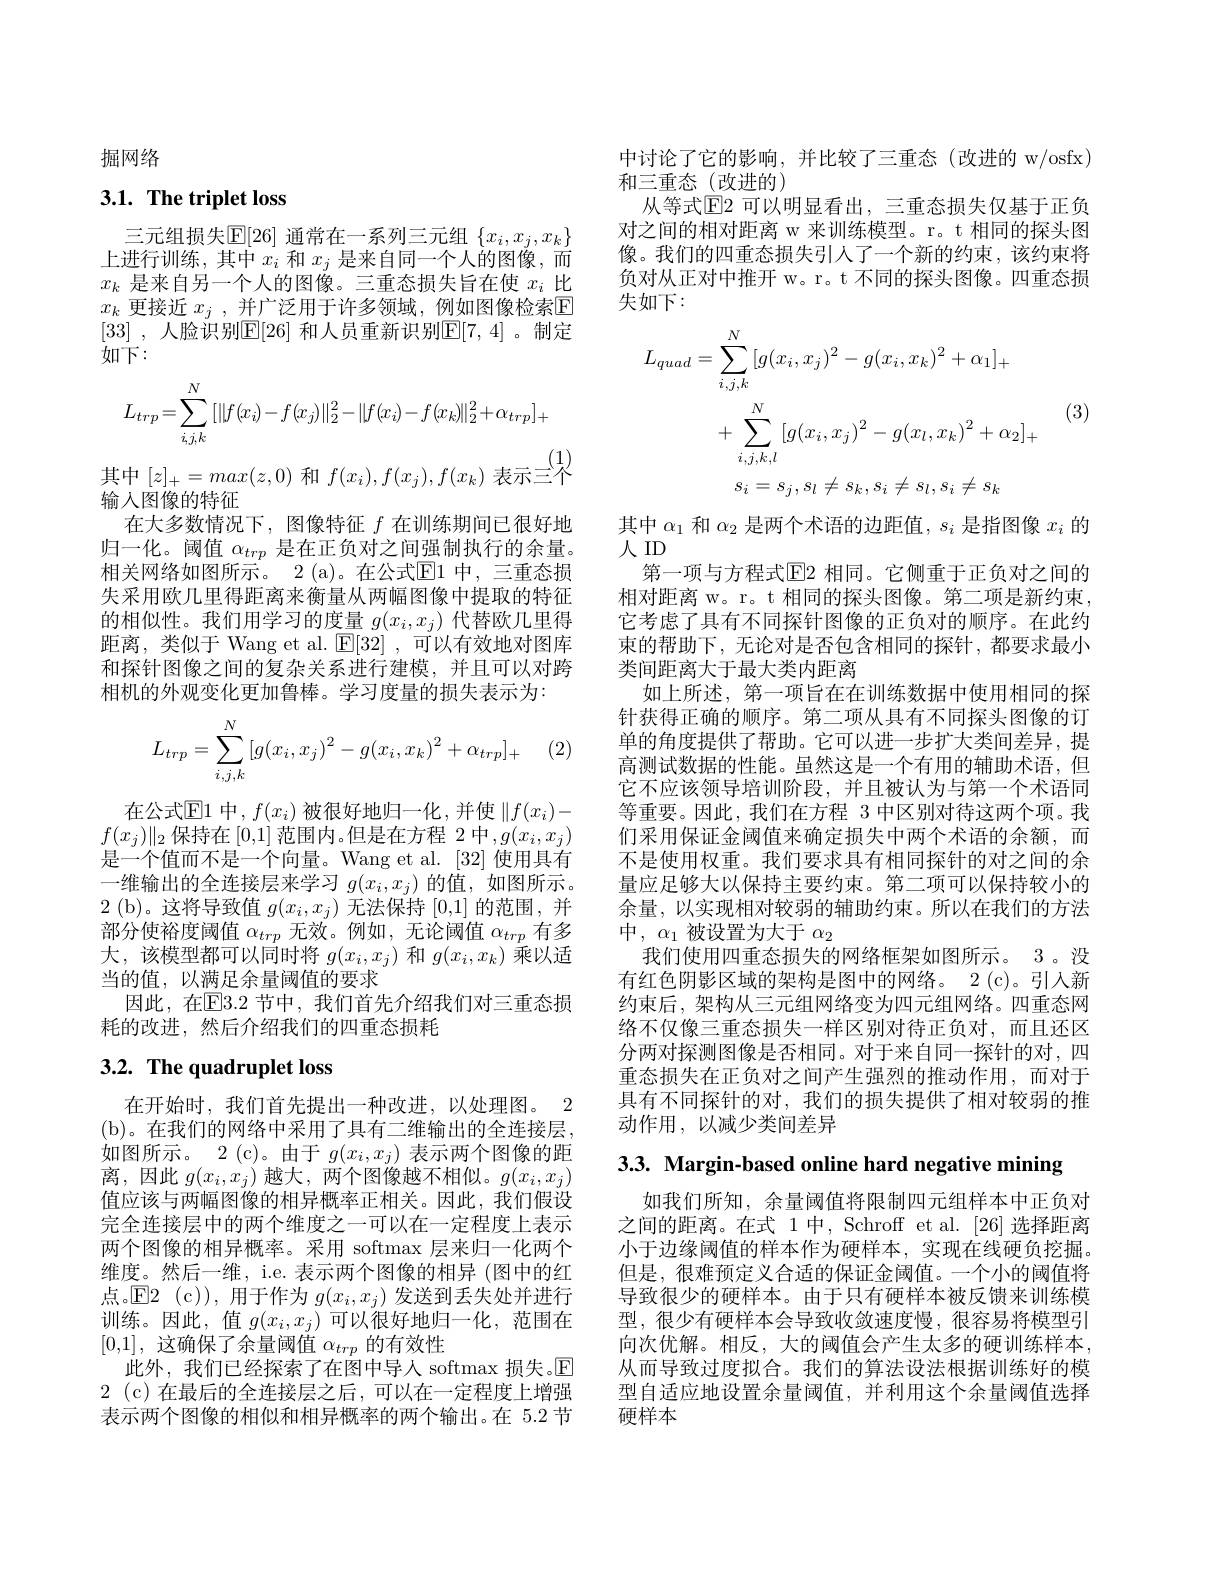
掘网络

# 3.1. The triplet loss
$$L_{trp}=\sum_{i,j,k}^N\left[\|f(x_i)-f(x_j)\|_2^2-\|f(x_i)-f(x_k)\|_2^2+\alpha_{trp}\right]_+$$
其中$[z]_+=max(z,0)$ 和$f(x_i),f(x_j),f(x_k)$ 表示三个

三元组损失$\mathbb{E}[26]$ 通常在一系列三元组 $\{x_i,x_j,x_k\}$ 上进行训练，其中$x_i$和$x_j$是来自同一个人的图像，而$x_k$是来自另一个人的图像。三重态损失旨在使$x_i$比$x_k$ 更接近 $x_j$ ,并广泛用于许多领域，例如图像检索$\mathbb{E}$ [33] , 人脸识别E[26] 和人员重新识别$\mathbb{E} [ 7, 4]$ 。制定$\dot{\text{如下}}:$
输入图像的特征
在大多数情况下，图像特征$f$在训练期间已很好地归一化。阈值$\alpha_{trp}$是在正负对之间强制执行的余量。相关网络如图所示。2 (a)。在公式$\mathbb{E}$1 中，三重态损失采用欧几里得距离来衡量从两幅图像中提取的特征的相似性。我们用学习的度量$g(x_i,x_j)$代替欧几里得距离，类似于 Wang et al. $\mathbb{E} [ 32]$ ,可以有效地对图库和探针图像之间的复杂关系进行建模，并且可以对跨相机的外观变化更加鲁棒。学习度量的损失表示为：

(2
$$\begin{aligned}L_{trp}=\sum_{i,j,k}^N\left[g(x_i,x_j)^2-g(x_i,x_k)^2+\alpha_{trp}\right]_+\end{aligned}$$
在公式$\mathbb{E}$1 中，$f(x_i)$ 被很好地归一化，并使 $\|f(x_i)-$ $f(x_j)\|_2$保持在 [0,1] 范围内。但是在方程 2 中$,g(x_i,x_j)$ 是一个值而不是一个向量。Wang et al. [32] 使用具有一维输出的全连接层来学习$g(x_i,x_j)$的值，如图所示。2(b)。这将导致值$g(x_i,x_j)$无法保持[0,1]的范围，并部分使裕度阈值$\alpha_trp$无效。例如，无论阈值$\alpha_trp$有多大，该模型都可以同时将$g(x_i,x_j)$和$g(x_i,x_k)$乘以适当的值，以满足余量阈值的要求
因此，在$\mathbb{E}$E3.2 节中，我们首先介绍我们对三重态损
耗的改进，然后介绍我们的四重态损耗

## 3.2. The quadruplet loss

在开始时，我们首先提出一种改进，以处理图。2 (b)。在我们的网络中采用了具有二维输出的全连接层， 如图所示。2 (c)。由于$g(x_i,x_j)$表示两个图像的距离，因此$g(x_i,x_j)$越大，两个图像越不相似。$g(x_i,x_j)$ 值应该与两幅图像的相异概率正相关。因此，我们假设完全连接层中的两个维度之一可以在一定程度上表示两个图像的相异概率。采用 softmax 层来归一化两个维度。然后一维，i.e. 表示两个图像的相异 (图中的红点。$\mathbb{E}$2(c)),用于作为$g(x_i,x_j)$发送到丢失处并进行训练。因此，值$g(x_i,x_j)$可以很好地归一化，范围在[0,1],这确保了余量阈值$\alpha_trp$的有效性
此外，我们已经探索了在图中导人 softmax 损失。$\mathbb{E}$ 2 ( c) 在最后的全连接层之后，可以在一定程度上增强表示两个图像的相似和相异概率的两个输出。在 5.2 节

中讨论了它的影响，并比较了三重态(改进的 w/osfx)
和三重态(改进的)
从等式$\boxed{\mathrm{E}}2$ 可以明显看出，三重态损失仅基于正负对之间的相对距离 w 来训练模型。r。t 相同的探头图像。我们的四重态损失引人了一个新的约束，该约束将负对从正对中推开 w。r。t 不同的探头图像。四重态损失如下：

(3)
$$\begin{aligned}L_{quad}&=\sum_{i,j,k}^{N}[g(x_{i},x_{j})^{2}-g(x_{i},x_{k})^{2}+\alpha_{1}]_{+}\\&+\sum_{i,j,k,l}^{N}[g(x_{i},x_{j})^{2}-g(x_{l},x_{k})^{2}+\alpha_{2}]_{+}\\&s_{i}=s_{j},s_{l}\neq s_{k},s_{i}\neq s_{l},s_{i}\neq s_{k}\end{aligned}$$
其中$\alpha_1$和$\alpha_2$是两个术语的边距值，$s_i$是指图像$x_i$的
人 ID
第一项与方程式$\overline{\mathrm{E}}$2 相同。它侧重于正负对之间的相对距离 w。r。t 相同的探头图像。第二项是新约束， 它考虑了具有不同探针图像的正负对的顺序。在此约束的帮助下，无论对是否包含相同的探针，都要求最小类间距离大于最大类内距离
如上所述，第一项旨在在训练数据中使用相同的探针获得正确的顺序。第二项从具有不同探头图像的订单的角度提供了帮助。它可以进一步扩大类间差异，提高测试数据的性能。虽然这是一个有用的辅助术语，但它不应该领导培训阶段，并且被认为与第一个术语同等重要。因此，我们在方程 3 中区别对待这两个项。我们采用保证金阈值来确定损失中两个术语的余额，而不是使用权重。我们要求具有相同探针的对之间的余量应足够大以保持主要约束。第二项可以保持较小的余量，以实现相对较弱的辅助约束。所以在我们的方法中，$\alpha _1$被设置为大于$\alpha_2$
我们使用四重态损失的网络框架如图所示。3。没有红色阴影区域的架构是图中的网络。2 (c)。引入新约束后，架构从三元组网络变为四元组网络。四重态网络不仅像三重态损失一样区别对待正负对，而且还区分两对探测图像是否相同。对于来自同一探针的对，四重态损失在正负对之间产生强烈的推动作用，而对于具有不同探针的对，我们的损失提供了相对较弱的推动作用，以减少类间差异

3.3. Margin-based online hard negative mining

如我们所知，余量阈值将限制四元组样本中正负对之间的距离。在式 1 中，Schroff et al. [26] 选择距离小于边缘阈值的样本作为硬样本，实现在线硬负挖掘。但是，很难预定义合适的保证金阈值。一个小的阈值将导致很少的硬样本。由于只有硬样本被反馈来训练模型，很少有硬样本会导致收敛速度慢，很容易将模型引向次优解。相反，大的阈值会产生太多的硬训练样本， 从而导致过度拟合。我们的算法设法根据训练好的模型自适应地设置余量阈值，并利用这个余量阈值选择硬样本